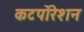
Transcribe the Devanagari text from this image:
कटर्पोरेशन